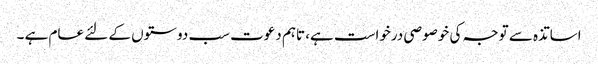
اساتذہ سے توجہ کی خوصوصی درخواست ہے، تاہم دعوت سب دوستوں کے لئے عام ہے ۔